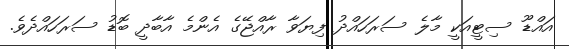
އައްޑޫ ސިޓީއަކީ މާލެ ސަރަހައްދު ފިޔަވާ ރާއްޖޭގެ އެންމެ އާބާދީ ބޮޑު ސަރަހައްދެވެ.